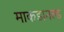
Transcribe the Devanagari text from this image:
माकडानल्ड